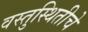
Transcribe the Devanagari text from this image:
वस्तुस्थितीचे